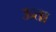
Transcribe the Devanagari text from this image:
ऊता